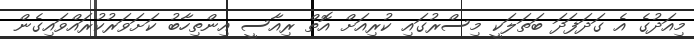
މިއަދުގެ އެ ގަދަފަދަ ބަތަލަކީ މިސްރުގައި ކުރިއަށް އޮތް ރިއާސީ އިންތިހާބު ކަށަވަރުކުރައްވައިގެން